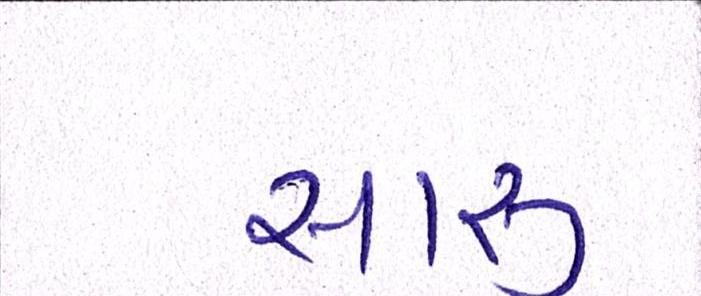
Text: સારુ